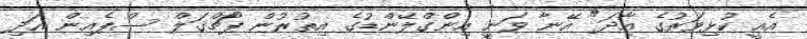
އެއީ ކުޅިވަރުގެ އާދަ" އޭނާ ވަނީ އިންގްލޭންޑުގެ އިތުރުން ޕޯޗްގަލް ސްޕެއިން އަދި